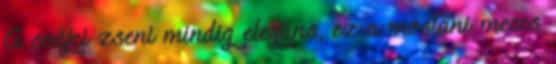
A svájci zseni mindig elegáns, ez a mostani meccs